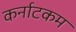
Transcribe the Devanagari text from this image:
कर्नाटकम